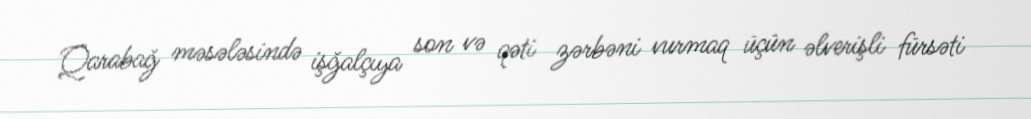
Qarabağ məsələsində işğalçıya son və qəti zərbəni vurmaq üçün əlverişli fürsəti